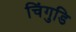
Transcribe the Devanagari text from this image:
चिंगुडि